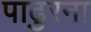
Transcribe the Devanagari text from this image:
पाढुरना